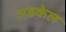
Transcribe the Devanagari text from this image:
अडकेल